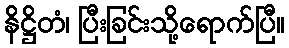
နိဋ္ဌိတံ၊ ပြီးခြင်းသို့ရောက်ပြီ။